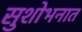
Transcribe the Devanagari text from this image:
सुशोभनात